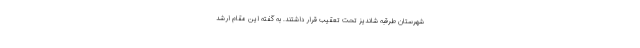
شهرستان طرقبه شاندیز تحت تعقیب قرار داشتند. به گفته این مقام ارشد